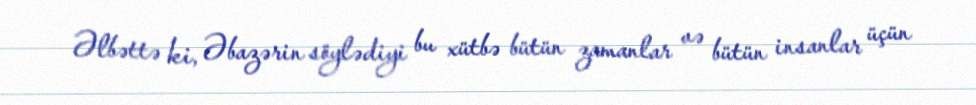
Əlbəttə ki, Əbazərin söylədiyi bu xütbə bütün zamanlar və bütün insanlar üçün